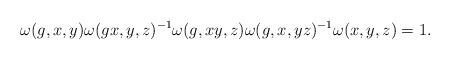
LaTeX: \begin{align*}\omega(g,x,y)\omega(gx,y,z)^{-1}\omega(g,xy,z)\omega(g,x,yz)^{-1}\omega(x,y,z)=1 .\end{align*}